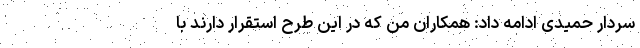
سردار حمیدی ادامه داد: همکاران من که در این طرح استقرار دارند با